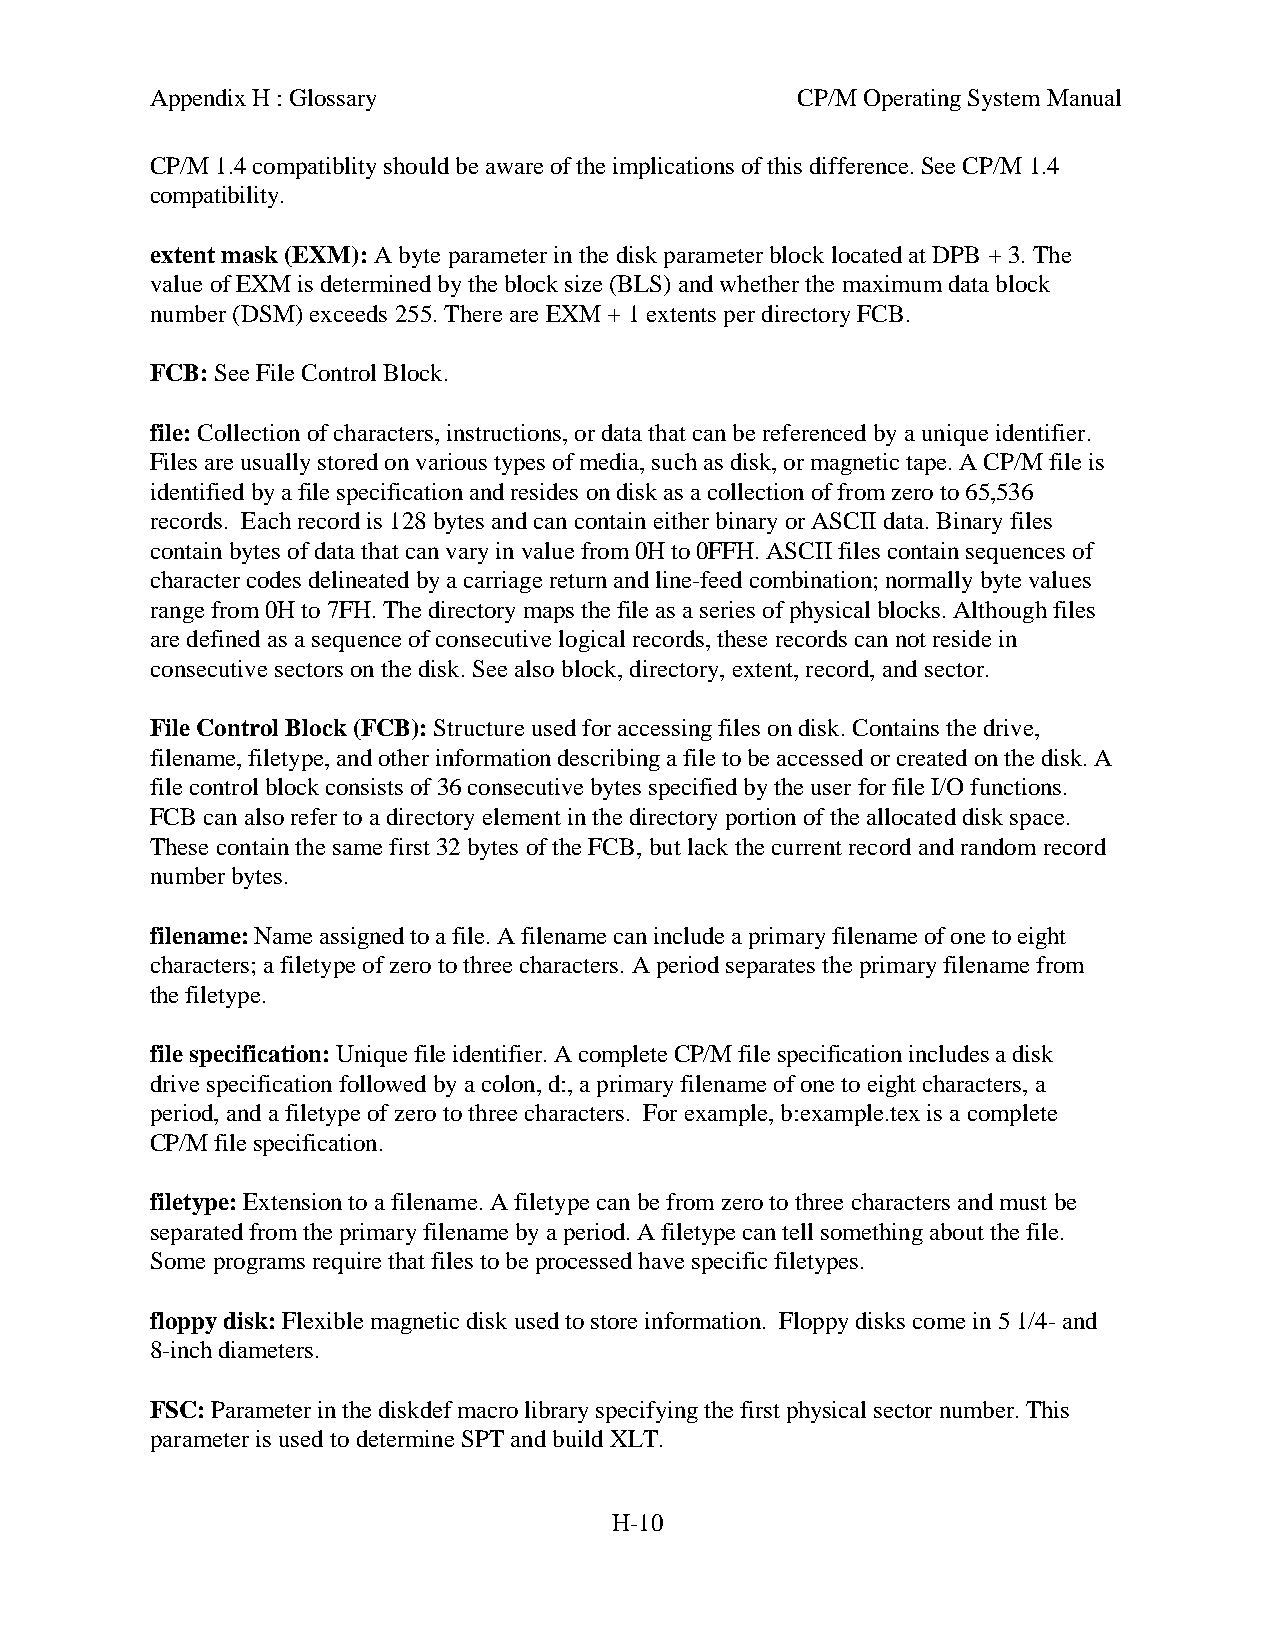
Appendix H : Glossary                      CP/M Operating System Manual
 CP/M 1.4 compatiblity should be aware of the implications of this difference. See CP/M 1.4
 compatibility.
 extent mask (EXM): A byte parameter in the disk parameter block located at DPB + 3. The
 value of EXM is determined by the block size (BLS) and whether the maximum data block
 number (DSM) exceeds 255. There are EXM + 1 extents per directory FCB.
 FCB: See File Control Block.
 file: Collection of characters, instructions, or data that can be referenced by a unique identifier.
 Files are usually stored on various types of media, such as disk, or magnetic tape. A CP/M file is
 identified by a file specification and resides on disk as a collection of from zero to 65,536
 records. Each record is 128 bytes and can contain either binary or ASCII data. Binary files
 contain bytes of data that can vary in value from 0H to 0FFH. ASCII files contain sequences of
 character codes delineated by a carriage return and line-feed combination; normally byte values
 range from 0H to 7FH. The directory maps the file as a series of physical blocks. Although files
 are defined as a sequence of consecutive logical records, these records can not reside in
 consecutive sectors on the disk. See also block, directory, extent, record, and sector.
 File Control Block (FCB): Structure used for accessing files on disk. Contains the drive,
 filename, filetype, and other information describing a file to be accessed or created on the disk. A
 file control block consists of 36 consecutive bytes specified by the user for file I/O functions.
 FCB can also refer to a directory element in the directory portion of the allocated disk space.
 These contain the same first 32 bytes of the FCB, but lack the current record and random record
 number bytes.
 filename: Name assigned to a file. A filename can include a primary filename of one to eight
 characters; a filetype of zero to three characters. A period separates the primary filename from
 the filetype.
 file specification: Unique file identifier. A complete CP/M file specification includes a disk
 drive specification followed by a colon, d:, a primary filename of one to eight characters, a
 period, and a filetype of zero to three characters. For example, b:example.tex is a complete
 CP/M file specification.
 filetype: Extension to a filename. A filetype can be from zero to three characters and must be
 separated from the primary filename by a period. A filetype can tell something about the file.
 Some programs require that files to be processed have specific filetypes.
 floppy disk: Flexible magnetic disk used to store information. Floppy disks come in 5 1/4- and
 8-inch diameters.
 FSC: Parameter in the diskdef macro library specifying the first physical sector number. This
 parameter is used to determine SPT and build XLT.
 H-10